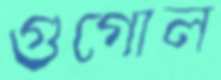
গুগোল